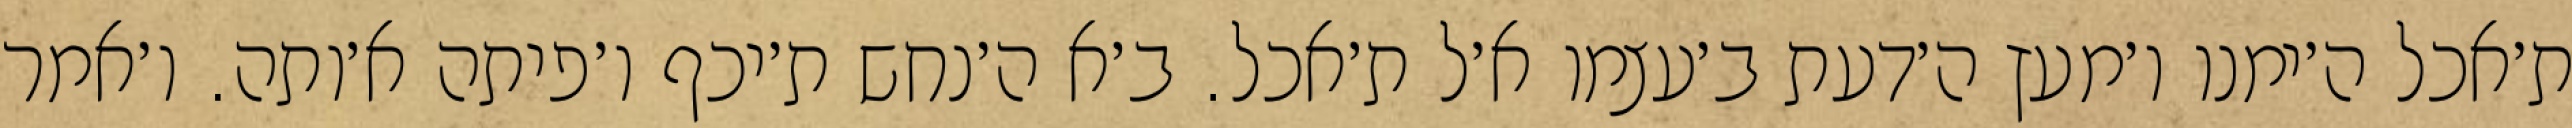
ת׳אכל ה׳ימנו ו׳מעץ ה׳דעת ב׳עצמו א׳ל ת׳אכל. ב׳א ה׳נחש ת׳יכף ו׳פיתה א׳ותה. ו׳אמר